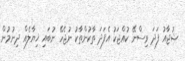
ޝުޖާއު ފަދަ ވިސްނޭ ކުއްޖަކު އެފަދަ ތާކުންތާކު ނުޖެހޭ ނުބައި ޚިޔާލެއް ދިނުމުން